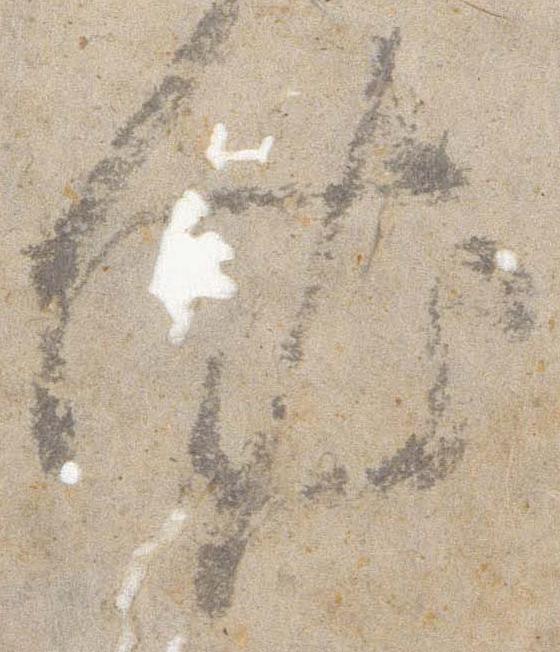
依